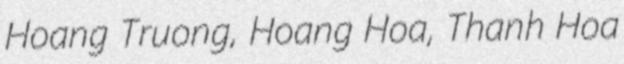
Hoang Truong, Hoang Hoa, Thanh Hoa